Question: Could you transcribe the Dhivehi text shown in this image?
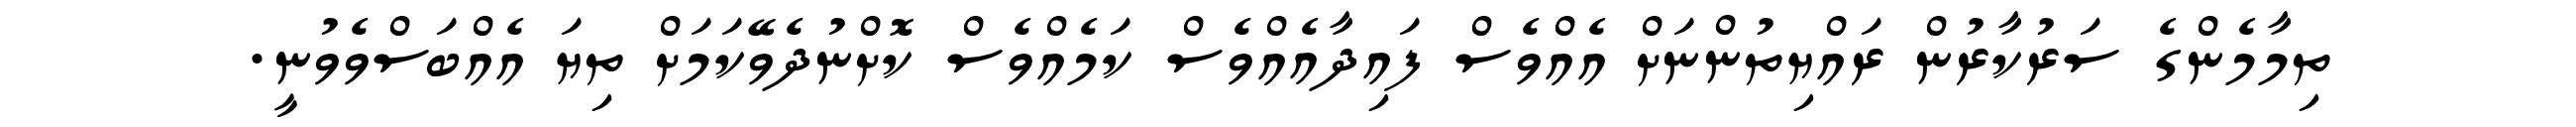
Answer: ތިމާމެންގެ ސަރުކާރުން ރައްޔިތުންނަށް އެއްވެސް ފައިދާއެއްވެސް ކަމެއްވެސް ކޮށްނުދެވޭކަމަށް ތިޔަ އެއްބަސްވެވުނީ.